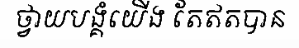
ថ្វាយបង្គំយើង តែឥតបាន